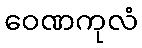
ဝေဏကုလံ